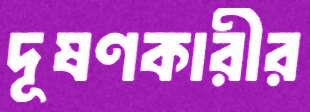
দূষণকারীর